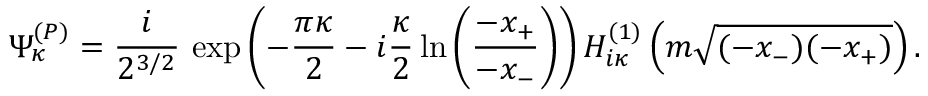
\Psi _ { \kappa } ^ { ( P ) } = \frac { i } { 2 ^ { 3 / 2 } } \, \exp \left( - \frac { \pi \kappa } 2 - i \frac { \kappa } 2 \ln \left( \frac { - x _ { + } } { - x _ { - } } \right) \right) H _ { i \kappa } ^ { ( 1 ) } \left( m \sqrt { ( - x _ { - } ) ( - x _ { + } ) } \right) .